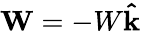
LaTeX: \mathbf{W}=-W\mathbf{\hat{k}}